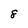
Character: 8